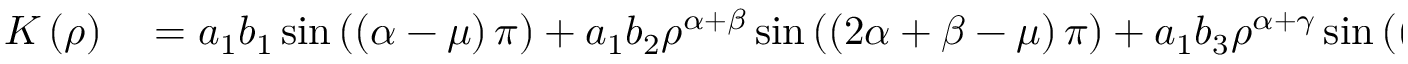
\begin{array} { r l } { K \left( \rho \right) } & { { } = a _ { 1 } b _ { 1 } \sin \left( \left( \alpha - \mu \right) \pi \right) + a _ { 1 } b _ { 2 } \rho ^ { \alpha + \beta } \sin \left( \left( 2 \alpha + \beta - \mu \right) \pi \right) + a _ { 1 } b _ { 3 } \rho ^ { \alpha + \gamma } \sin \left( \left( 2 \alpha + \gamma - \mu \right) \pi \right) } \end{array}